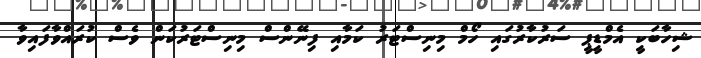
ޝިހާބަކީ އެމްޑީޕީ ސަރުކާރުގައި ހޯމް މިނިސްޓަރު ކަމާއި ފިނޭންސް މިނިސްޓަރުކަން ވެސް ކުރައްވާފައިވާ